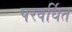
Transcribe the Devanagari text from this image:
परवर्धित